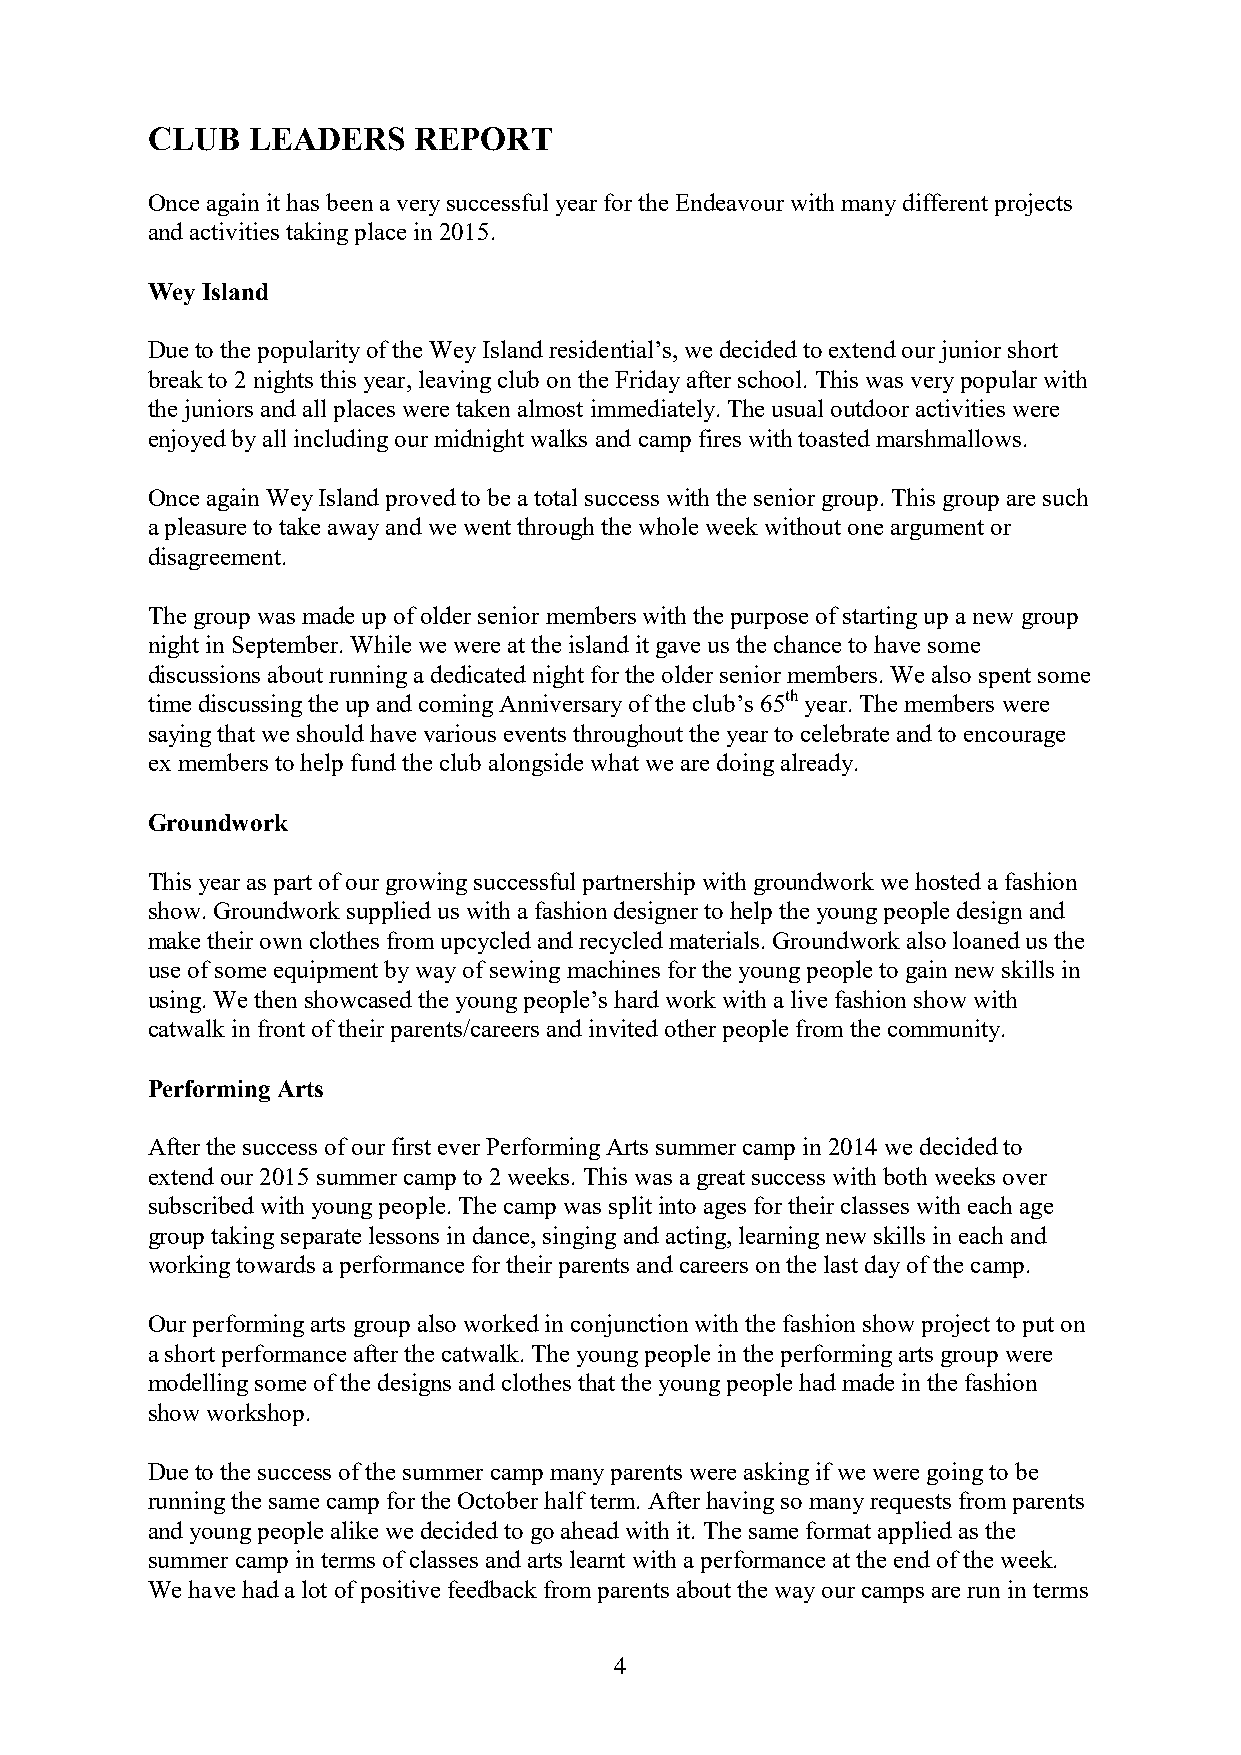
CLUB  LEADERS    REPORT
 Once again it has been a very successful year for the Endeavour with many different projects
 and activities taking place in 2015.
 Wey Island
 Due to the popularity of the Wey Island residential’s, we decided to extend our junior short
 break to 2 nights this year, leaving club on the Friday after school. This was very popular with
 the juniors and all places were taken almost immediately. The usual outdoor activities were
 enjoyed by all including our midnight walks and camp fires with toasted marshmallows.
 Once again Wey Island proved to be a total success with the senior group. This group are such
 a pleasure to take away and we went through the whole week without one argument or
 disagreement.
 The group was made up of older senior members with the purpose of starting up a new group
 night in September. While we were at the island it gave us the chance to have some
 discussions about running a dedicated night for the older senior members. We also spent some
 th
 time discussing the up and coming Anniversary of the club’s 65 year. The members were
 saying that we should have various events throughout the year to celebrate and to encourage
 ex members to help fund the club alongside what we are doing already.
 Groundwork
 This year as part of our growing successful partnership with groundwork we hosted a fashion
 show. Groundwork supplied us with a fashion designer to help the young people design and
 make their own clothes from upcycled and recycled materials. Groundwork also loaned us the
 use of some equipment by way of sewing machines for the young people to gain new skills in
 using. We then showcased the young people’s hard work with a live fashion show with
 catwalk in front of their parents/careers and invited other people from the community.
 Performing Arts
 After the success of our first ever Performing Arts summer camp in 2014 we decided to
 extend our 2015 summer camp to 2 weeks. This was a great success with both weeks over
 subscribed with young people. The camp was split into ages for their classes with each age
 group taking separate lessons in dance, singing and acting, learning new skills in each and
 working towards a performance for their parents and careers on the last day of the camp.
 Our performing arts group also worked in conjunction with the fashion show project to put on
 a short performance after the catwalk. The young people in the performing arts group were
 modelling some of the designs and clothes that the young people had made in the fashion
 show workshop.
 Due to the success of the summer camp many parents were asking if we were going to be
 running the same camp for the October half term. After having so many requests from parents
 and young people alike we decided to go ahead with it. The same format applied as the
 summer camp in terms of classes and arts learnt with a performance at the end of the week.
 We have had a lot of positive feedback from parents about the way our camps are run in terms
 4